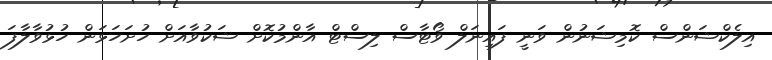
އިލެކްޝަންސް ކޮމިޝަނުން ވަނީ ފައިނަލް ވޯޓާސް ލިސްޓް އާންމުކޮށް ޝަކުވާއަށް ހުށަހަޅަން ހުޅުވާލާފަ